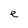
Character: e